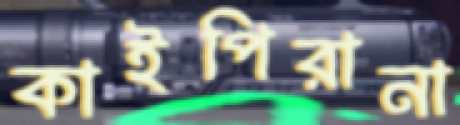
কাইপিরানা